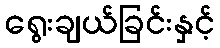
ရွေးချယ်ခြင်းနှင့်